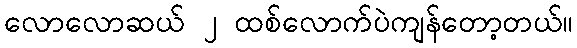
လောလောဆယ် ၂ ထစ်လောက်ပဲကျန်တော့တယ်။